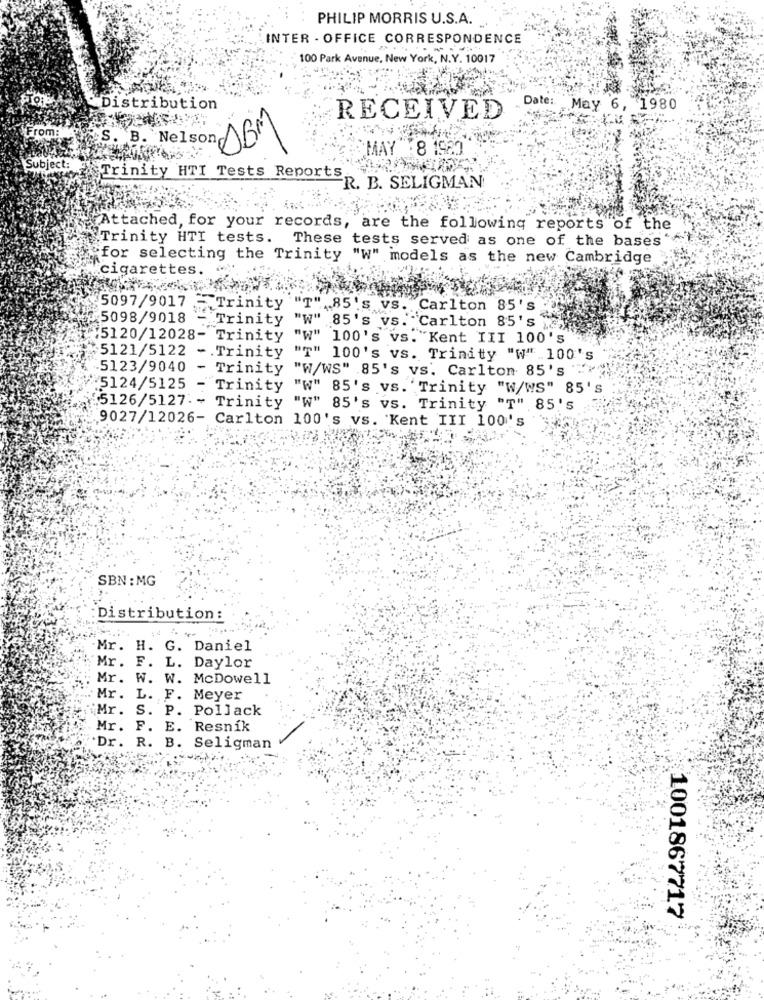
PHILIP MORRIS U.S.A.
INTER - OFFICE CORRESPONDENCE
100 Park Avenue, New York, N.Y. 10017
Date:
Distribution
May 6, 1980
RECEIVED
From: S. B. Nelson AB
SMAY 8 1980
Subject:
Trinity HTI Tests Reports.
R. B. SELIGMAN
Attached, for your records, are the following reports of the
Trinity HTI tests. These tests served as one of the bases
for selecting the Trinity "W" models as the new Cambridge
cigarettes. «
5097/9017 - Trinity
T" .85's vs. Carlton 85's
:5098/9018
Trinity
"W" 85's vs.
-Carlton 85's
¥5120/12028- Trinity
"W" 100's vs. "Kent III 100's
5121/5122 -Trinity
"T" 100's vs. Trinity "W" 100's
5123/9040
- Trinity
"W/WS" 85's vs. Carlton 85's ""
5124/5125
- Trinity "W" 85's vs. 'Trinity "W/WS" 85'
5126/5127. -
Trinity "W" 85's vs. Trinity "T" 85's
9027/12026- Carlton 100's vs. Kent III 100's
SBN : MG
Distribution:
Mr. H. G. Daniel
Mr. F. L. Daylor
Mr. W. W. McDowell
Mr. L. F. Meyer
Mr. S. P. Pollack
Mr. F. E. Resník
Dr. R. B. Seligman
1001867717